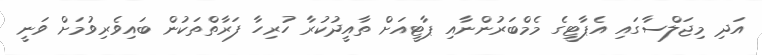
އަދި މިޖަލްސާގައި އެޕާޓީގެ މެމްބަރުންނާއި ޕާޓީއަށް ތާއީދުކުރާ ހުރިހާ ފަރާތްތަކުން ބައިވެރިވުމަށް ވަނީ